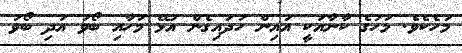
މަހެކެވެ. މަހުގެ ކާނާއަކީ އައިން ހަދައިގެން އުޅޭ މަހާއި ބޯވަ އަދި ބޯވަ